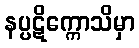
နပ္ပဋိက္ကောသိမှာ